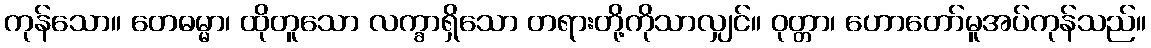
ကုန်သော။ တေဓမ္မာ၊ ထိုတူသော လက္ခာရှိသော တရားတို့ကိုသာလျှင်။ ဝုတ္တာ၊ ဟောတော်မူအပ်ကုန်သည်။